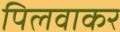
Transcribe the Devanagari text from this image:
पिलवाकर